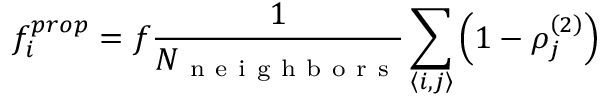
f _ { i } ^ { p r o p } = f \frac { 1 } { N _ { \mathrm { ~ n ~ e ~ i ~ g ~ h ~ b ~ o ~ r ~ s ~ } } } \sum _ { \left\langle i , j \right\rangle } \left( 1 - \rho _ { j } ^ { \left( 2 \right) } \right)